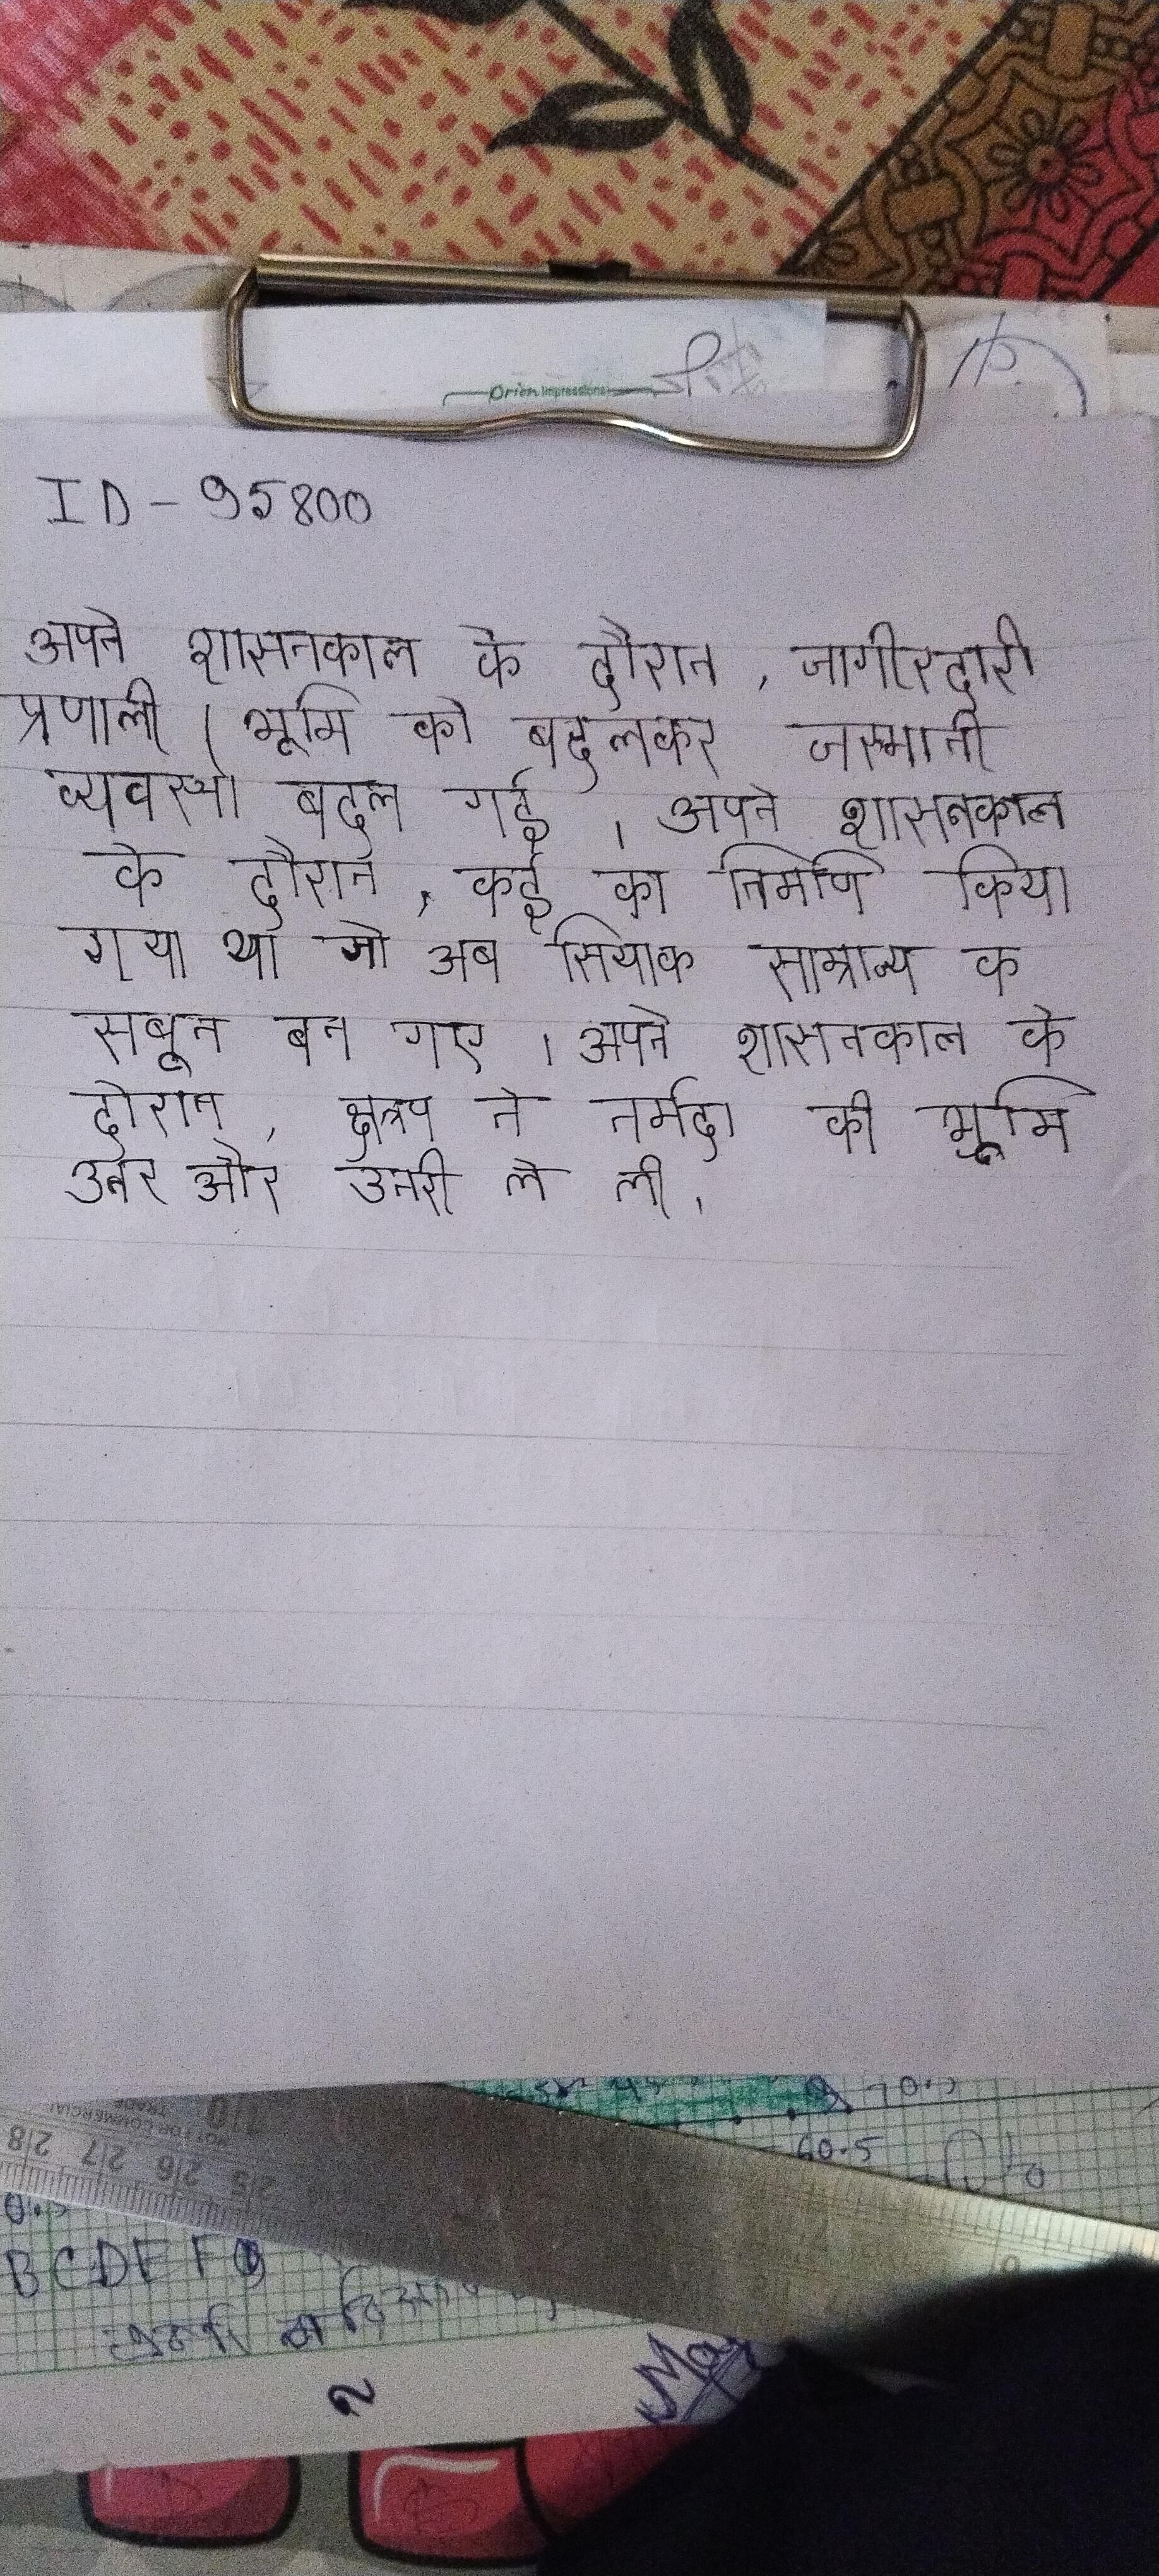
अपने शासनकाल के दौरान, जागीरदारी प्रणाली (भूमि को बदलकर जस्मानी व्यवस्था की, जो बाद प्रणाली बदल गई । अपने शासनकाल के दौरान, कई का निर्माण किया गया था जो अब सियाक साम्राज्य का सबूत बन गए । अपने शासनकाल के दौरान, क्षत्रप ने नर्मदा की भूमि उत्तर और उत्तरी ले ली ।